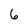
Character: 6